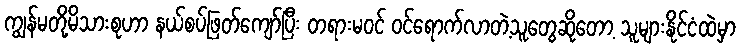
ကျွန်မတို့မိသားစုဟာ နယ်စပ်ဖြတ်ကျော်ပြီး တရားမဝင် ဝင်ရောက်လာတဲ့သူတွေဆိုတော့ သူများနိုင်ငံထဲမှာ